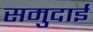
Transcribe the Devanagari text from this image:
समुदाई